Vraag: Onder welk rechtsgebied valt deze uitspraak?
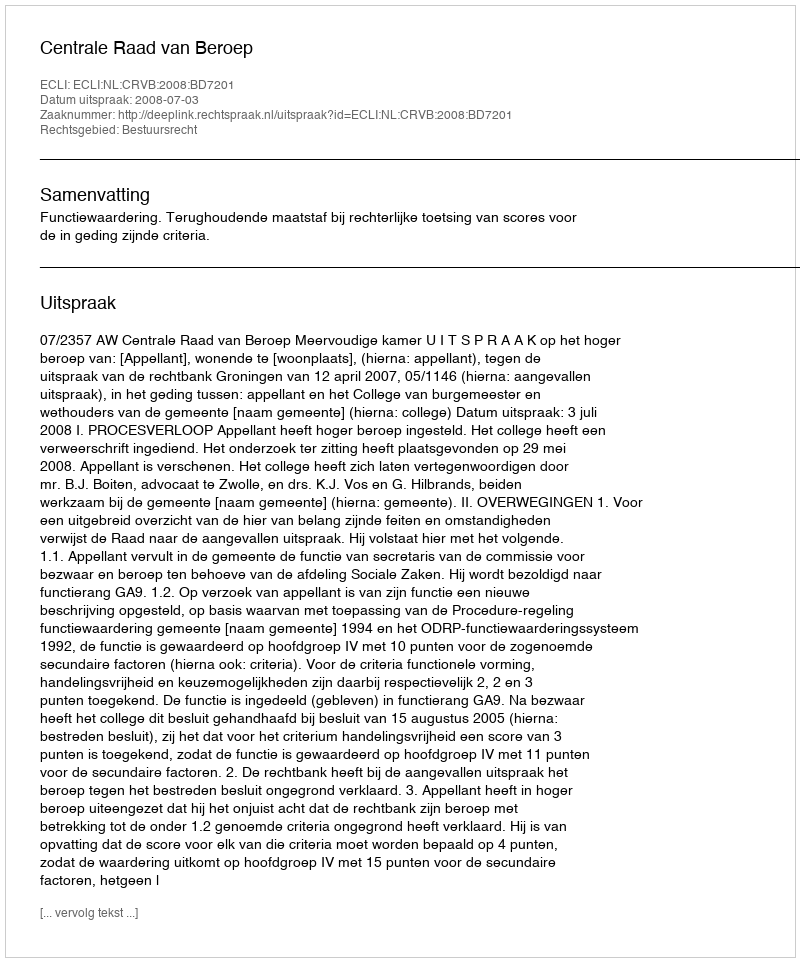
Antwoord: Bestuursrecht